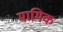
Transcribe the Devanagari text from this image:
मामिक